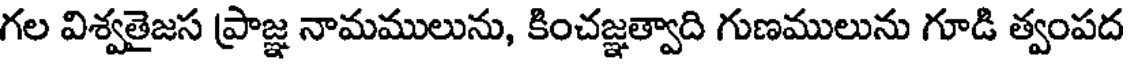
గల విశ్వతైజస ప్రాజ్ఞ నామములును, కించజ్ఞత్వాది గుణములును గూడి త్వంపద